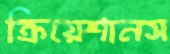
ক্রিয়েশানস